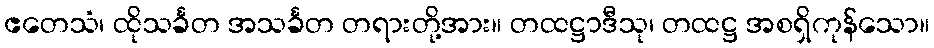
ဧတေသံ၊ ထိုသင်္ခတ အသင်္ခတ တရားတို့အား။ တထဋ္ဌာဒီသု၊ တထဋ္ဌ အစရှိကုန်သော။